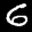
Label: 6